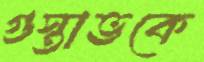
গুস্তাভকে